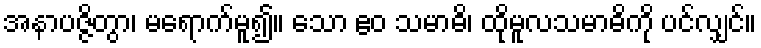
အနာပဇ္ဇိတွာ၊ မရောက်မူ၍။ သော ဧဝ သမာဓိ၊ ထိုမူလသမာဓိကို ပင်လျှင်။